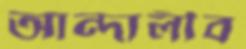
আন্দালীব